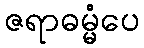
ဇရာဓမ္မံပေ